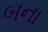
બના